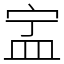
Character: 㿾